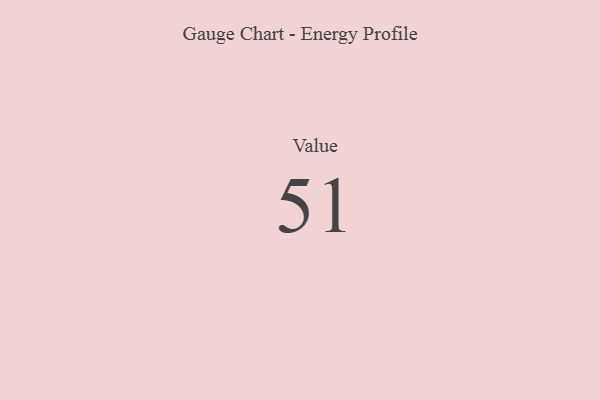
{"axis": {"x": "Metric", "y": "Value"}, "legend": [""], "data": [{"x": "Value", "y": 51, "type": ""}]}